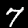
Digit: 7